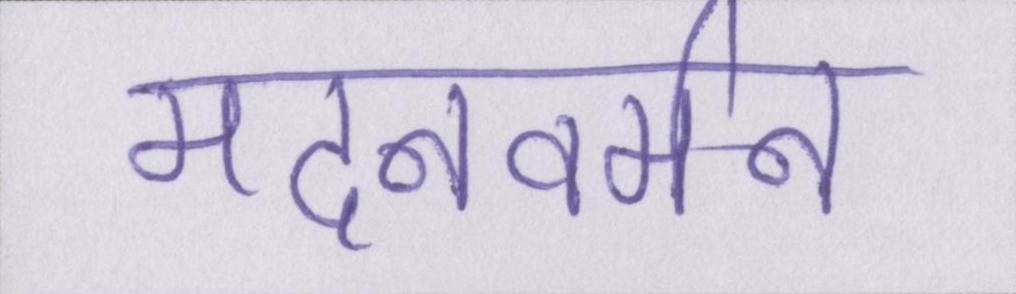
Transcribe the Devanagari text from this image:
मदनवर्मन